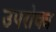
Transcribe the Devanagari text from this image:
उपरोक्य